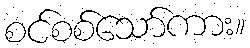
စင်စစ်သော်ကား။